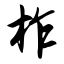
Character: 柞